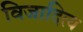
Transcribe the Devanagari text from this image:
विजादित्य